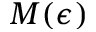
M ( \epsilon )